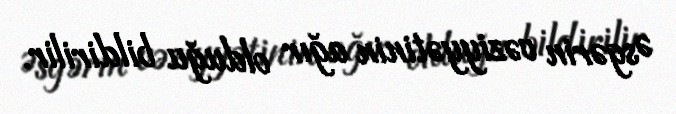
Əsgərin vəziyyətinin ağır olduğu bildirilir.